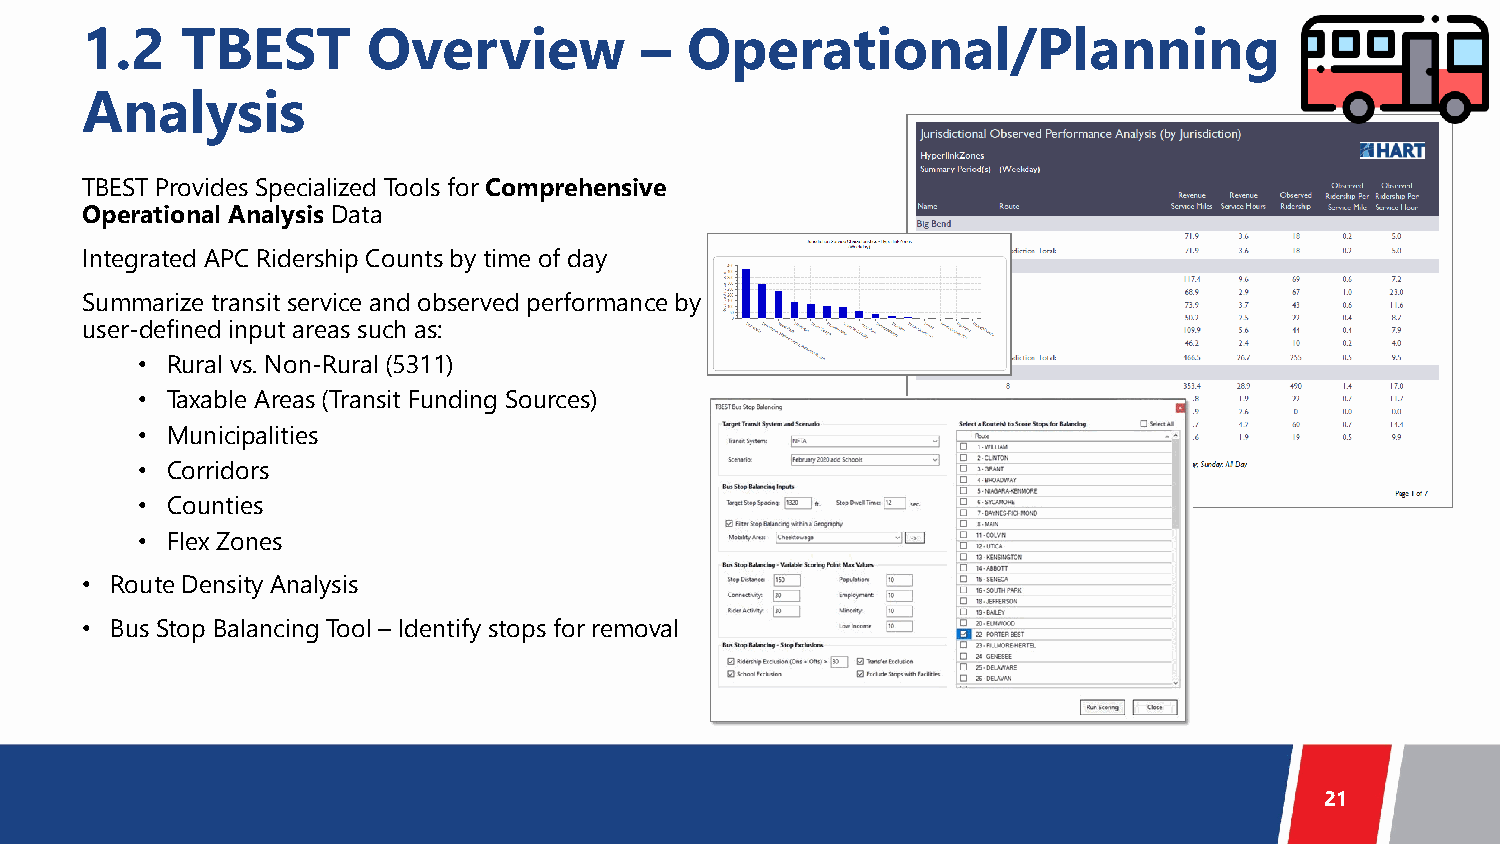
1.2    TBEST       Overview          –  Operational/Planning
 Analysis
 TBEST Provides Specialized Tools for Comprehensive
 Operational Analysis Data
 Integrated APC Ridership Counts by time of day
 Summarize transit service and observed performance by
 user-defined input areas such as:
 • Rural vs. Non-Rural (5311)
 • Taxable Areas (Transit Funding Sources)
 • Municipalities
 • Corridors
 • Counties
 • Flex Zones
 • Route Density Analysis
 • Bus Stop Balancing Tool – Identify stops for removal
 21